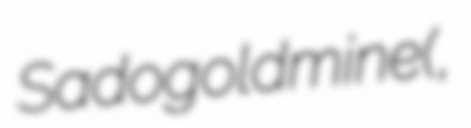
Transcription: Sado gold mine (佐渡金山,